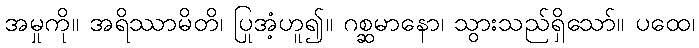
အမှုကို။ အရိဿာမိတိ၊ ပြုအံ့ဟူ၍။ ဂစ္ဆမာနော၊ သွားသည်ရှိသော်။ ပထေ၊